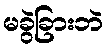
မခွဲခြားဘဲ